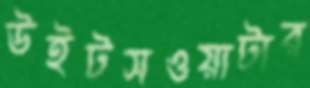
উইটসওয়াটার